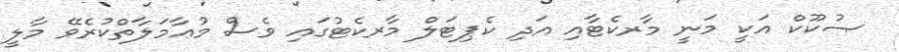
ޞުކޫކް އަކީ މަނީ މާރކެޓާއި އަދި ކެޕިޓަލް މާރކެޓުގައި ވެސް މުޢާމަލާތްކުރެވޭ މާލީ